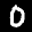
Label: 0